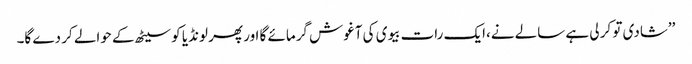
’’شادی تو کر لی ہے سالے نے،ایک رات بیوی کی آغوش گرمائے گا اور پھر لونڈیا کو سیٹھ کے حوالے کر دے گا۔